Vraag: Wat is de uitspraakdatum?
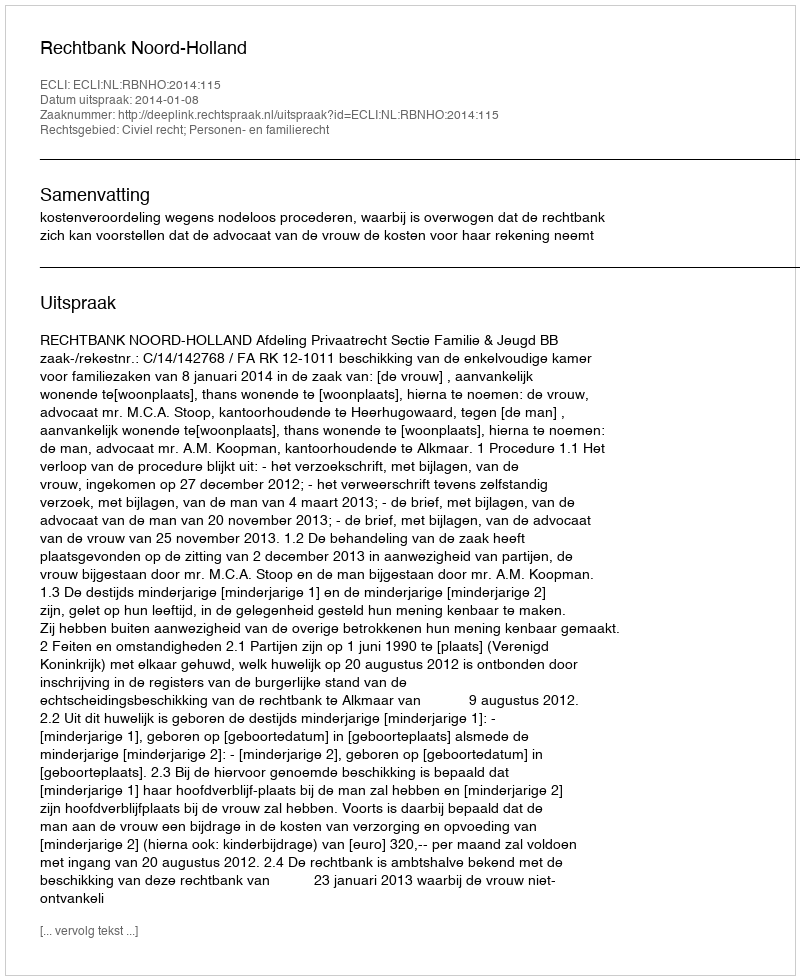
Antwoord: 2014-01-08